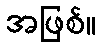
အဖြစ်။